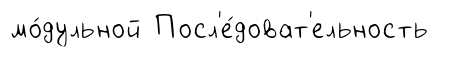
мо́дульной Посл'е́доват'ельность